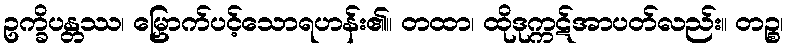
ဥက္ခိပန္တဿ၊ မြှောက်ပင့်သောရဟန်း၏။ တထာ၊ ထိုဒုက္ကဋ်အာပတ်လည်း။ တဉ္စ၊